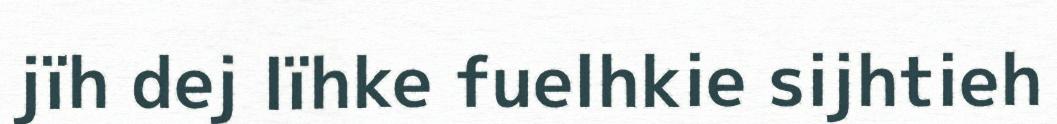
jïh dej lïhke fuelhkie sijhtieh